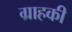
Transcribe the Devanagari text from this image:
ग्राहकी